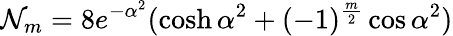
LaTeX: \mathcal{N}_{m}=8e^{-\alpha^{2}}(\cosh\alpha^{2}+(-1)^{\frac{m}{2}}\cos\alpha^{2})